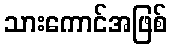
သားကောင်အဖြစ်